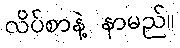
လိပ်စာနဲ့ နာမည်။